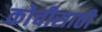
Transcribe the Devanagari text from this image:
कोचीसाठी